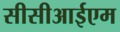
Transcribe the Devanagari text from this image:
सीसीआईएम